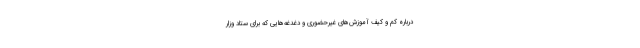
درباره کم و کیف آموزش‌های غیرحضوری و دغدغه‌هایی که برای ستاد وزار